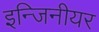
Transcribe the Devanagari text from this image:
इन्जिनीयर